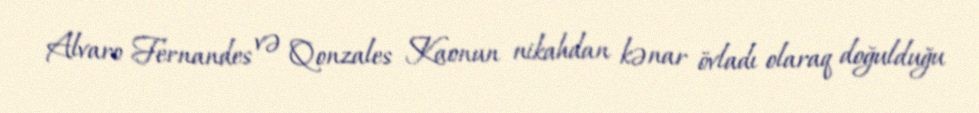
Alvaro Fernandes və Qonzales Kaonun nikahdan kənar övladı olaraq doğulduğu